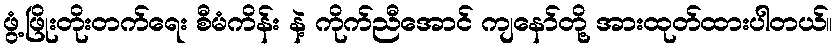
ဖွံ့ဖြိုးတိုးတက်ရေး စီမံကိန်း နဲ့ ကိုက်ညီအောင် ကျနော်တို့ အားထုတ်ထားပါတယ်။